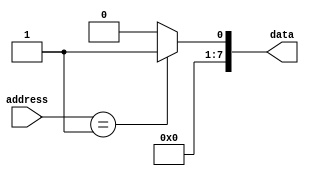
module mask_programmed_rom(
    input [9:0] address,
    output reg [7:0] data
);

always @(*) begin
    case(address)
        10'b0000000000: data = 8'b00000000; // Data at address 0
        10'b0000000001: data = 8'b00000001; // Data at address 1
        // Add more data values for each address as needed
        default: data = 8'b00000000; // Default data value
    endcase
end

endmodule